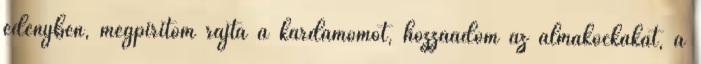
edényben, megpirítom rajta a kardamomot, hozzáadom az almakockákat, a